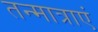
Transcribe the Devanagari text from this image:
तन्मात्राएं